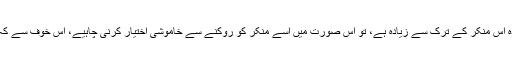
یا مثلاً وہ ایک بُرے کام سے روکے مگر اس سے کسی بڑے معروف کا ترک بھی لازم آئے، جس کا فائدہ اس منکر کے ترک سے زیادہ ہے، تو اس صورت میں اسے منکر کو روکنے سے خاموشی اختیار کرنی چاہیے، اس خوف سے کہ اس کے ساتھ کسی ایسے کام کا ترک لازم نہ آئے، جس کا کرنا اللہ اور اس کے رسول نے لازم کیا ہے۔